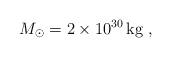
LaTeX: \begin{align*}M_\odot = 2\times 10^{30}\,\mathrm{kg}\;,\end{align*}